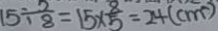
1 5 \div \frac { 5 } { 8 } = 1 5 \times \frac { 8 } { 5 } = 2 4 ( c m )